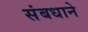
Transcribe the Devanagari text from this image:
संबधाने